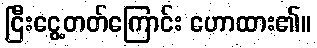
ငြီးငွေ့တတ်ကြောင်း ဟောထား၏။